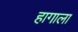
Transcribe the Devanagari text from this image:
हागाला